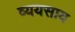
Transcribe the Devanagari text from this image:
व्ययसाय